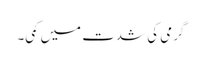
گرمی کی شدت میں کمی۔